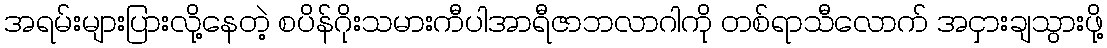
အရမ်းများပြားလို့နေတဲ့ စပိန်ဂိုးသမားကီပါအာရီဇာဘလာဂါကို တစ်ရာသီလောက် အငှားချသွားဖို့